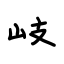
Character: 岐